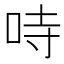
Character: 𠱾